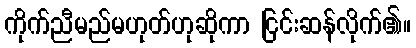
ကိုက်ညီမည်မဟုတ်ဟုဆိုကာ ငြင်းဆန်လိုက်၏။